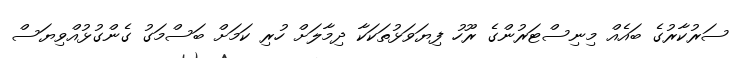
ސަރުކާރުގެ ބައެއް މިނިސްޓަރުންގެ ރޫހު ފިޔަވަޅުތަކަކާ ދިމާލަށް ހުރި ކަމަށް ބަސްމަގު ގެންގުޅުއްވިޔަސް